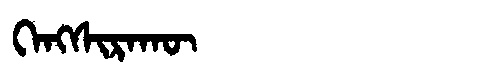
Manchu: ᡴᡝᠩᠰᡳᡵᠠᡴᡡ
Romanization: KENGSIRAKŪ